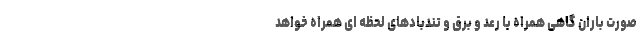
صورت باران گاهی همراه با رعد و برق و تندبادهای لحظه ای همراه خواهد